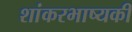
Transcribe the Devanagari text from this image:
शांकरभाष्यकी